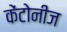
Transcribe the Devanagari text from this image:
केंटोनीज